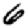
Digit: 6